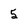
Character: 5